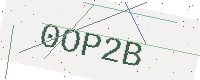
Text: 0OP2B